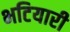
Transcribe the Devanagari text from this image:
भटियारी